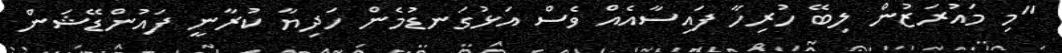
"މި މައުރަޒުން ލިބޭ ހުރިހާ ފައިސާއެއް ވެސް އަޅުގަނޑުމެން ހަދިޔާ ކުރާނީ ފައުންޑޭޝަން